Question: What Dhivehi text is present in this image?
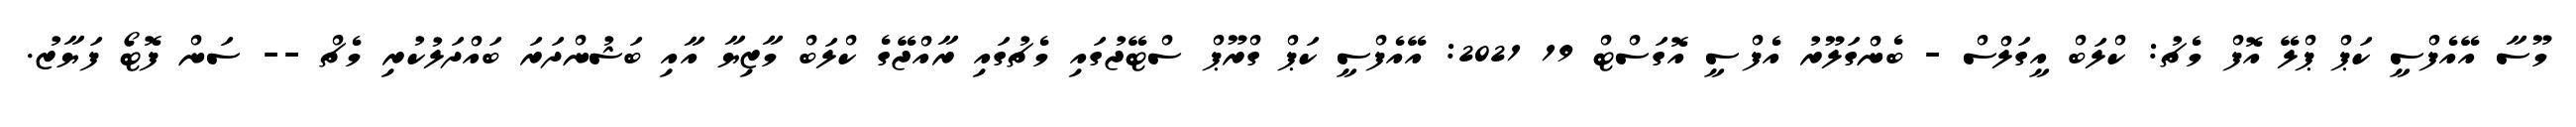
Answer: މޫސާ އޭއެފްސީ ކަޕް ޕްލޭ އޮފް މެޗު: ކްލަބް އީގަލްސް - ބެންގަލޫރު އެފްސީ އޮގަސްޓް 19 2021: އޭއެފްސީ ކަޕް ގްރޫޕް ސްޓޭޖުގައި މެޗުގައި ރާއްޖޭގެ ކްލަބް މާޒިޔާ އާއި ބަޝުންދަރަ ބައްދަލުކުރި މެޗް -- ސަން ފޮޓޯ ފަޔާޒު.